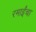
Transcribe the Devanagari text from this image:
रमाईंचा